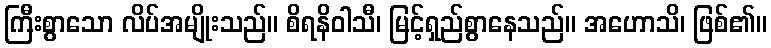
ကြီးစွာသော လိပ်အမျိုးသည်။ စိရနိဝါသီ၊ မြင့်ရှည်စွာနေသည်။ အဟောသိ၊ ဖြစ်၏။